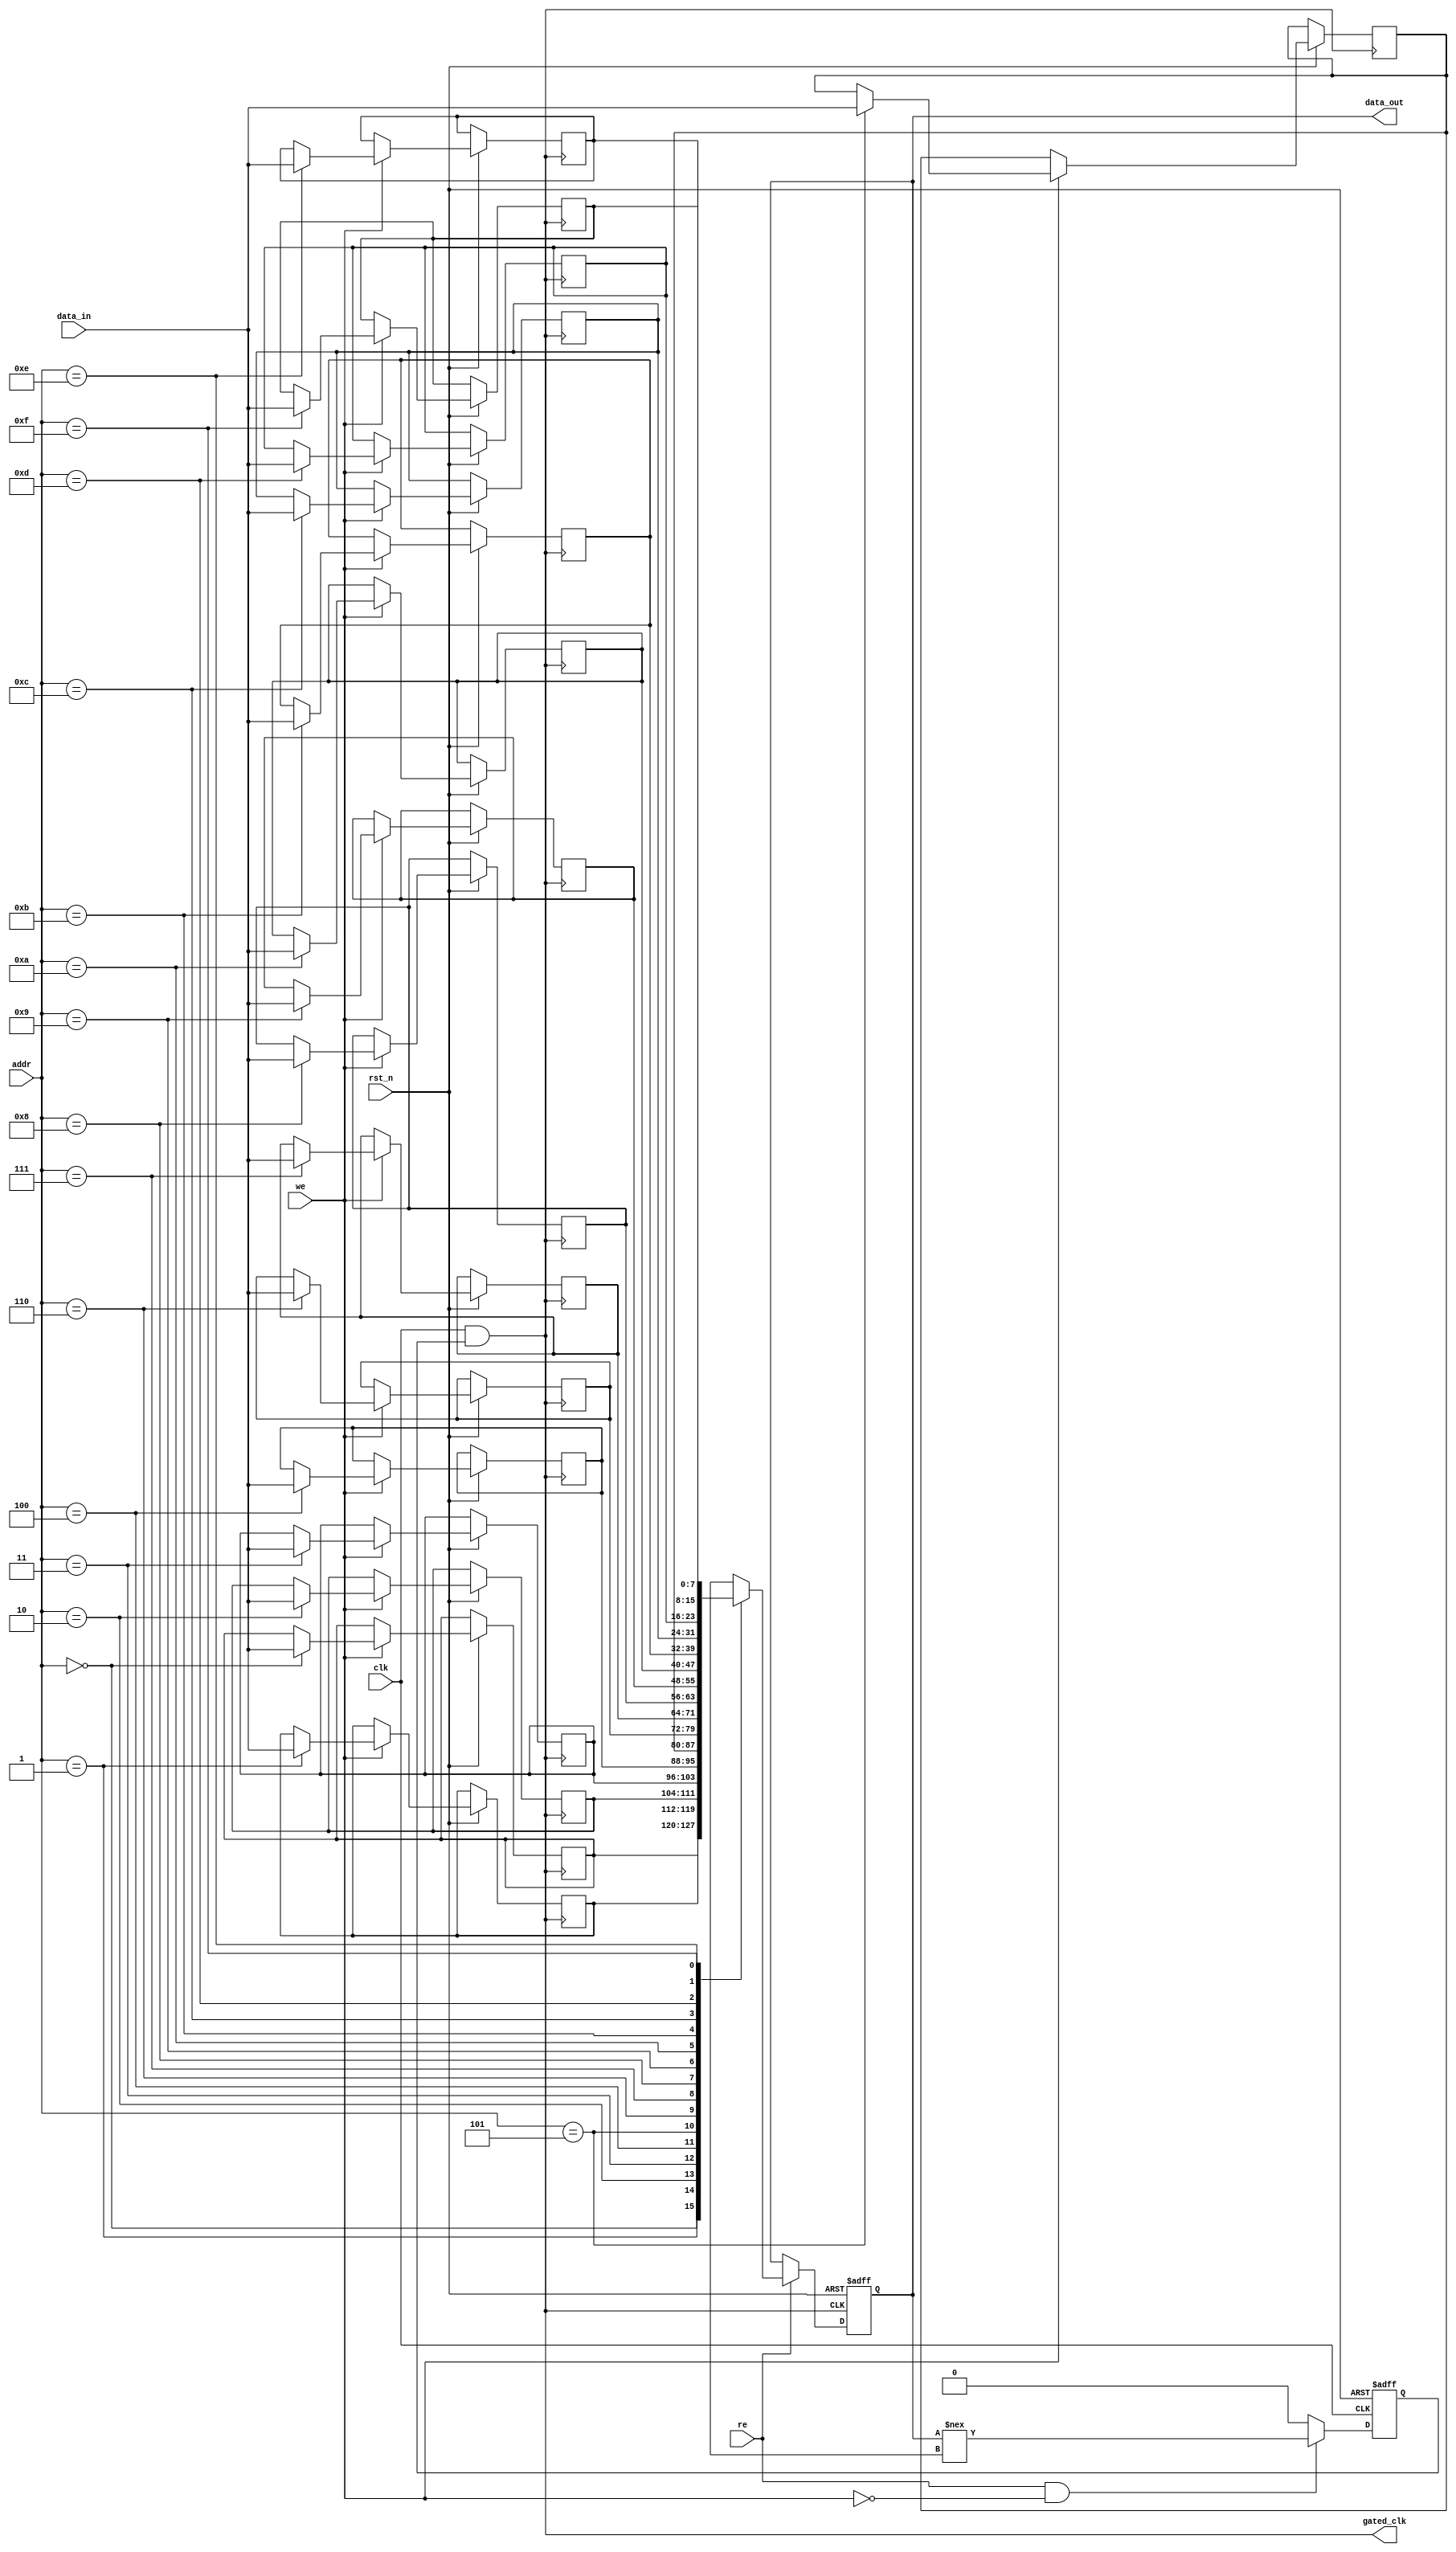
module memory_block (
    input wire clk,               // Main clock input
    input wire rst_n,             // Active low reset
    input wire [7:0] data_in,     // Data input for write operations
    input wire [3:0] addr,        // Address input
    input wire we,                // Write enable
    input wire re,                // Read enable
    output reg [7:0] data_out,    // Data output for read operations
    output wire gated_clk         // Gated clock output
);

    // Memory array declaration (e.g., 16 x 8 bits)
    reg [7:0] mem_array [0:15];

    // Output monitoring signal
    reg output_valid;

    // Clock gating control signal
    reg clk_enable;

    // Clock gating logic
    always @(*) begin
        // Monitor the output to determine if valid data is present
        if (re && !we) begin
            output_valid = (data_out !== 8'bx); // Check if data_out is valid
        end else begin
            output_valid = 1'b0; // No valid output during write or idle
        end
    end

    // Clock gating logic
    always @(posedge clk or negedge rst_n) begin
        if (!rst_n) begin
            clk_enable <= 1'b0; // Reset clock enable
        end else begin
            clk_enable <= output_valid; // Enable clock if output is valid
        end
    end

    // Gated clock output
    assign gated_clk = clk & clk_enable;

    // Memory read/write operations
    always @(posedge gated_clk or negedge rst_n) begin
        if (!rst_n) begin
            data_out <= 8'b0; // Reset data output
        end else begin
            if (we) begin
                mem_array[addr] <= data_in; // Write operation
            end
            if (re) begin
                data_out <= mem_array[addr]; // Read operation
            end
        end
    end

endmodule